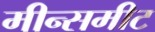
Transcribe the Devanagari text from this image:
मीन्समीट